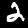
Digit: 2